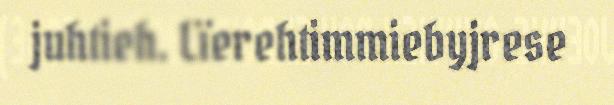
juhtieh. Lïerehtimmiebyjrese